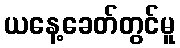
ယနေ့ခေတ်တွင်မူ